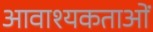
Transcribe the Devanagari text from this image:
आवाश्यकताओं